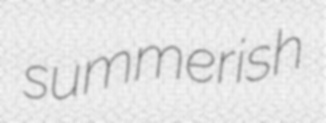
summerish